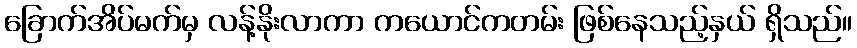
ခြောက်အိပ်မက်မှ လန့်နိုးလာကာ ကယောင်ကတမ်း ဖြစ်နေသည့်နှယ် ရှိသည်။